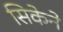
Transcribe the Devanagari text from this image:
सिकेने